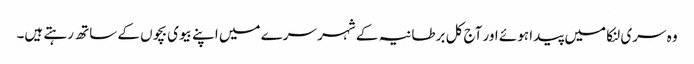
وہ سری لنکا میں پیدا ہوئے اور آج کل برطانیہ کے شہر سرے میں اپنے بیوی بچوں کے ساتھ رہتے ہیں۔